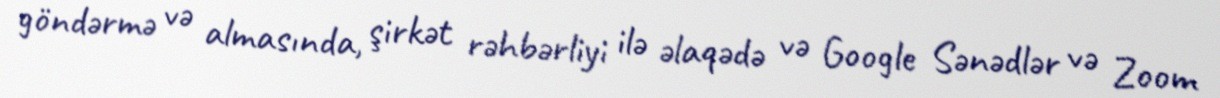
göndərmə və almasında, şirkət rəhbərliyi ilə əlaqədə və Google Sənədlər və Zoom